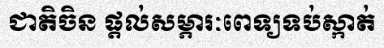
ជាតិចិន ផ្តល់សម្ភារៈពេទ្យទប់ស្កាត់